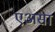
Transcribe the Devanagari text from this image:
एअसा